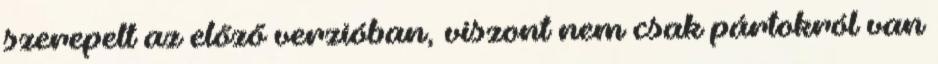
szerepelt az előző verzióban, viszont nem csak pártokról van